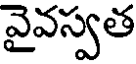
వైవస్వత